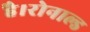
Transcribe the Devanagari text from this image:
है।रोनाल्ड